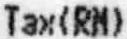
TAX(RM)